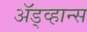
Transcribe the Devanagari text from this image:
ॲड्व्हान्स